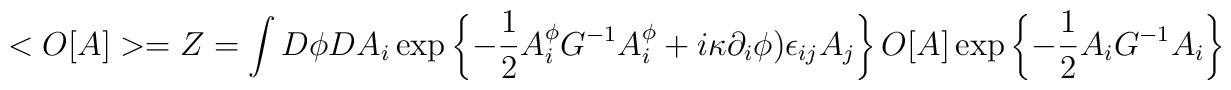
<O[A]>=Z=\int D\phi DA_i\exp\left\{-\frac{1}{2} A_i^{\phi}G^{-1}A_i^{\phi}+ i\kappa \partial_i\phi)\epsilon_{ij}A_j\right\}O[A]\exp\left\{-\frac{1}{2} A_iG^{-1}A_i\right\}